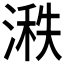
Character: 𪶵